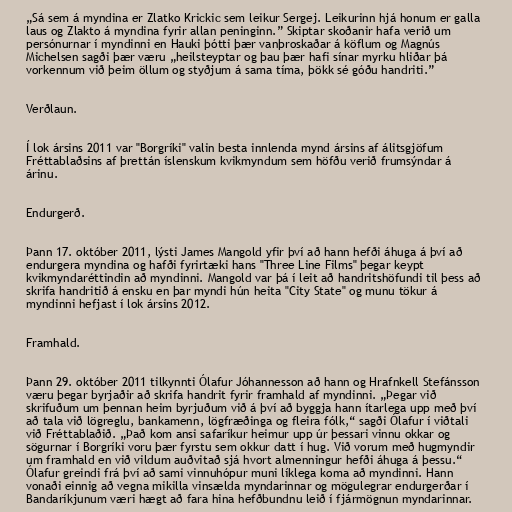
„Sá sem á myndina er Zlatko Krickic sem leikur Sergej. Leikurinn hjá honum er galla
laus og Zlakto á myndina fyrir allan peninginn.” Skiptar skoðanir hafa verið um
persónurnar í myndinni en Hauki þótti þær vanþroskaðar á köflum og Magnús
Michelsen sagði þær væru „heilsteyptar og þau þær hafi sínar myrku hliðar þá
vorkennum við þeim öllum og styðjum á sama tíma, þökk sé góðu handriti.”

Verðlaun.

Í lok ársins 2011 var "Borgríki" valin besta innlenda mynd ársins af álitsgjöfum
Fréttablaðsins af þrettán íslenskum kvikmyndum sem höfðu verið frumsýndar á
árinu.

Endurgerð.

Þann 17. október 2011, lýsti James Mangold yfir því að hann hefði áhuga á því að
endurgera myndina og hafði fyrirtæki hans "Three Line Films" þegar keypt
kvikmyndaréttindin að myndinni. Mangold var þá í leit að handritshöfundi til þess að
skrifa handritið á ensku en þar myndi hún heita "City State" og munu tökur á
myndinni hefjast í lok ársins 2012.

Framhald.

Þann 29. október 2011 tilkynnti Ólafur Jóhannesson að hann og Hrafnkell Stefánsson
væru þegar byrjaðir að skrifa handrit fyrir framhald af myndinni. „Þegar við
skrifuðum um þennan heim byrjuðum við á því að byggja hann ítarlega upp með því
að tala við lögreglu, bankamenn, lögfræðinga og fleira fólk,“ sagði Ólafur í viðtali
við Fréttablaðið. „Það kom ansi safaríkur heimur upp úr þessari vinnu okkar og
sögurnar í Borgríki voru þær fyrstu sem okkur datt í hug. Við vorum með hugmyndir
um framhald en við vildum auðvitað sjá hvort almenningur hefði áhuga á þessu.“
Ólafur greindi frá því að sami vinnuhópur muni líklega koma að myndinni. Hann
vonaði einnig að vegna mikilla vinsælda myndarinnar og mögulegrar endurgerðar í
Bandaríkjunum væri hægt að fara hina hefðbundnu leið í fjármögnun myndarinnar.